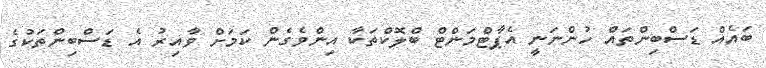
ބައެއް ޑަސްބިންތައް ހުންނަނީ އެޕާޓްމަންޓް ބްލޮކްތަކާ އިންވެގެން ކަމަށް ވާއިރު އެ ޑަސްބިންތަކުގެ